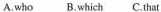
A.who B.which C.that